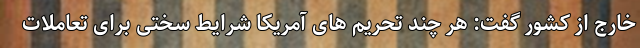
خارج از کشور گفت: هر چند تحریم های آمریکا شرایط سختی برای تعاملات